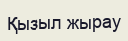
Қызыл жырау